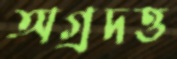
অগ্রদত্ত